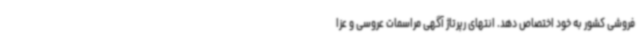
فروشی کشور به خود اختصاص دهد. انتهای رپرتاژ آگهی مراسمات عروسی و عزا